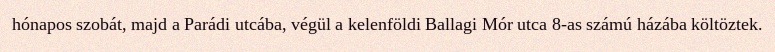
hónapos szobát, majd a Parádi utcába, végül a kelenföldi Ballagi Mór utca 8-as számú házába költöztek.